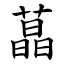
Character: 蕌